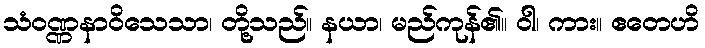
သံဝဏ္ဏနာဝိသေသာ၊ တို့သည်။ နယာ၊ မည်ကုန်၏။ ဝါ၊ ကား။ ဧတေဟိ